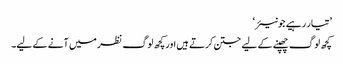
’تیار رہیے جونیئر‘
کچھ لوگ چھپنے کے لیے جتن کرتے ہیں اور کچھ لوگ نظر میں آنے کے لیے۔